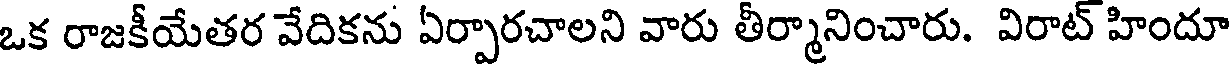
ఒక రాజకీయేతర వేదికను ఏర్పారచాలని వారు తీర్మానించారు. విరాట్ హిందూ